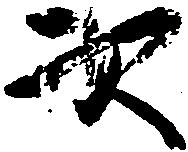
次